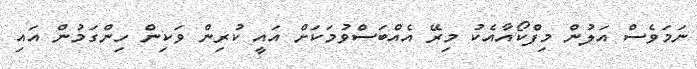
ނަމަވެސް އަލުން މިފްކޯއާއެކު މިރޭ އެއްބަސްވުމަކަށް އައީ ކުރިން ވަކިން ހިންގަމުން އައި